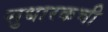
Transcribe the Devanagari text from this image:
सुधारकची